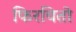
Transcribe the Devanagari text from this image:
फिरवितो